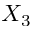
X _ { 3 }